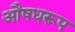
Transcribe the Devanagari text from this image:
औषधरूप